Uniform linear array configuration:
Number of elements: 12
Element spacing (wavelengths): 0.75
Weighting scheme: blackman
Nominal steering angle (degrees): -15
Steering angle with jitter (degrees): -16.373
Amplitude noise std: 0.05
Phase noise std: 0.05

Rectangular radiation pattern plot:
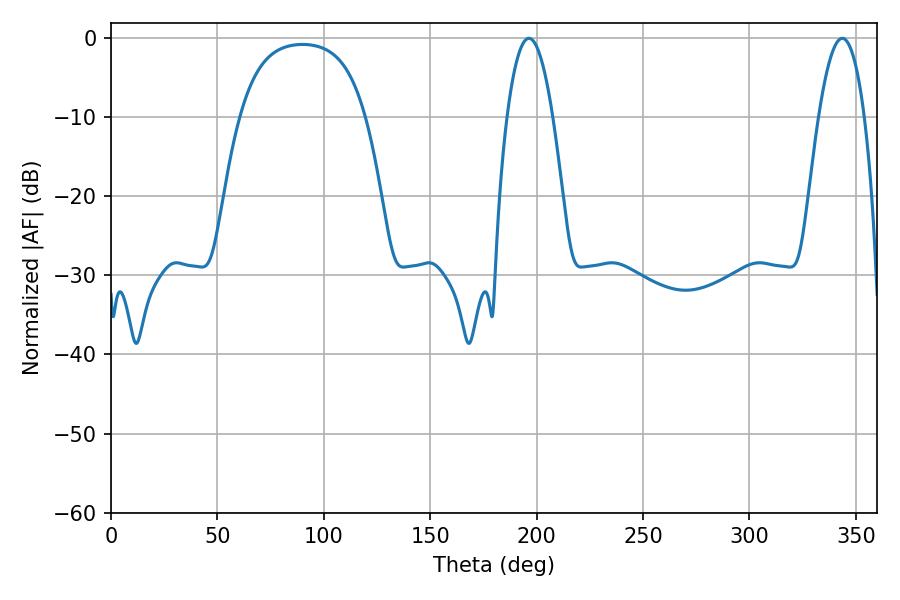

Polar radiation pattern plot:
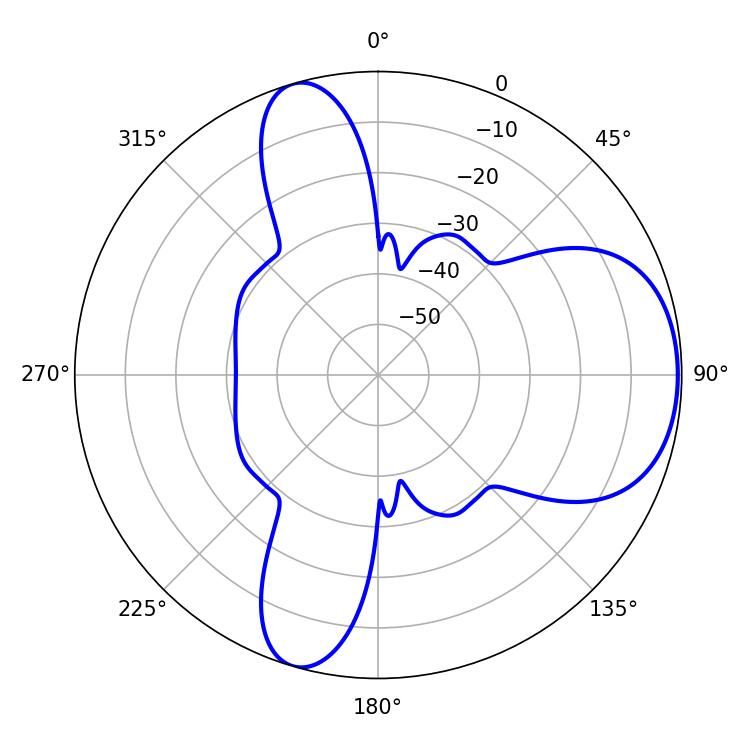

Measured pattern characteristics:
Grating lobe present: TRUE
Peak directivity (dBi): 6.565
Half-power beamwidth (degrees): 11.88
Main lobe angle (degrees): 196.38